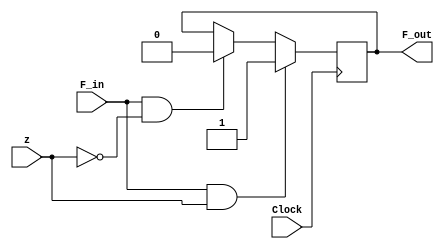
module F(
	input z,
	input Clock,
	input F_in,
	output wire F_out
);

	reg F;
	
	always @(posedge Clock) begin
		if(F_in == 1'b1 && z == 1)begin
			F = 1;
		end
		else if (F_in == 1'b1 && z != 1)begin
			F = 0;
		end
	end
	
	assign F_out = F;
endmodule